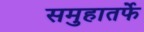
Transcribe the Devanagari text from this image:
समुहातर्फे